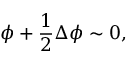
\phi + \frac { 1 } { 2 } \Delta \phi \sim 0 ,